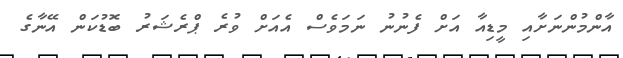
އާންމުންނަށާއި މީޑިއާ އަށް ފެނުނު ނަމަވެސް އެއަށް ވުރެ ޕްރެޝަރު ބޮޑުކަން އޭނާގެ